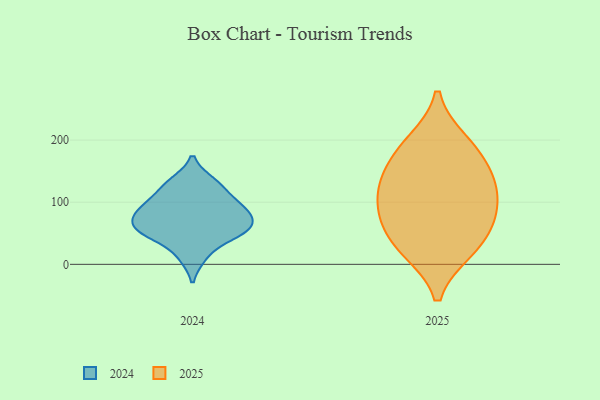
{"axis": {"x": "Inventory Turnover", "y": "Value"}, "legend": ["2024", "2025"], "data": [{"x": "", "y": 118, "type": "2025"}, {"x": "", "y": 98, "type": "2025"}, {"x": "", "y": 130, "type": "2025"}, {"x": "", "y": 65, "type": "2025"}, {"x": "", "y": 71, "type": "2025"}, {"x": "", "y": 183, "type": "2025"}, {"x": "", "y": 26, "type": "2025"}, {"x": "", "y": 150, "type": "2025"}, {"x": "", "y": 23, "type": "2025"}, {"x": "", "y": 197, "type": "2025"}, {"x": "", "y": 82, "type": "2024"}, {"x": "", "y": 87, "type": "2024"}, {"x": "", "y": 101, "type": "2024"}, {"x": "", "y": 51, "type": "2024"}, {"x": "", "y": 85, "type": "2024"}, {"x": "", "y": 132, "type": "2024"}, {"x": "", "y": 125, "type": "2024"}, {"x": "", "y": 57, "type": "2024"}, {"x": "", "y": 56, "type": "2024"}, {"x": "", "y": 13, "type": "2024"}, {"x": "", "y": 54, "type": "2024"}]}